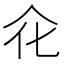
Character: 𠇃